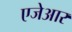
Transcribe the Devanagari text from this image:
एजेआर